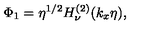
\Phi _ { 1 } = \eta ^ { 1 / 2 } H _ { \nu } ^ { ( 2 ) } ( k _ { x } \eta ) ,